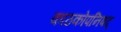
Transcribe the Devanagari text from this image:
काठकोपनिषद्